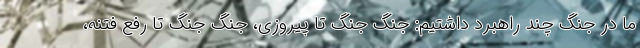
ما در جنگ چند راهبرد داشتیم: جنگ جنگ تا پیروزی، جنگ جنگ تا رفع فتنه،